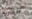
الشروع